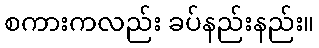
စကားကလည်း ခပ်နည်းနည်း။